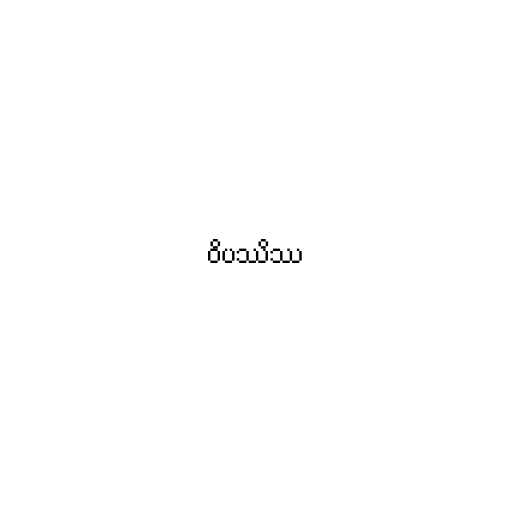
ဝိပဿိဿ